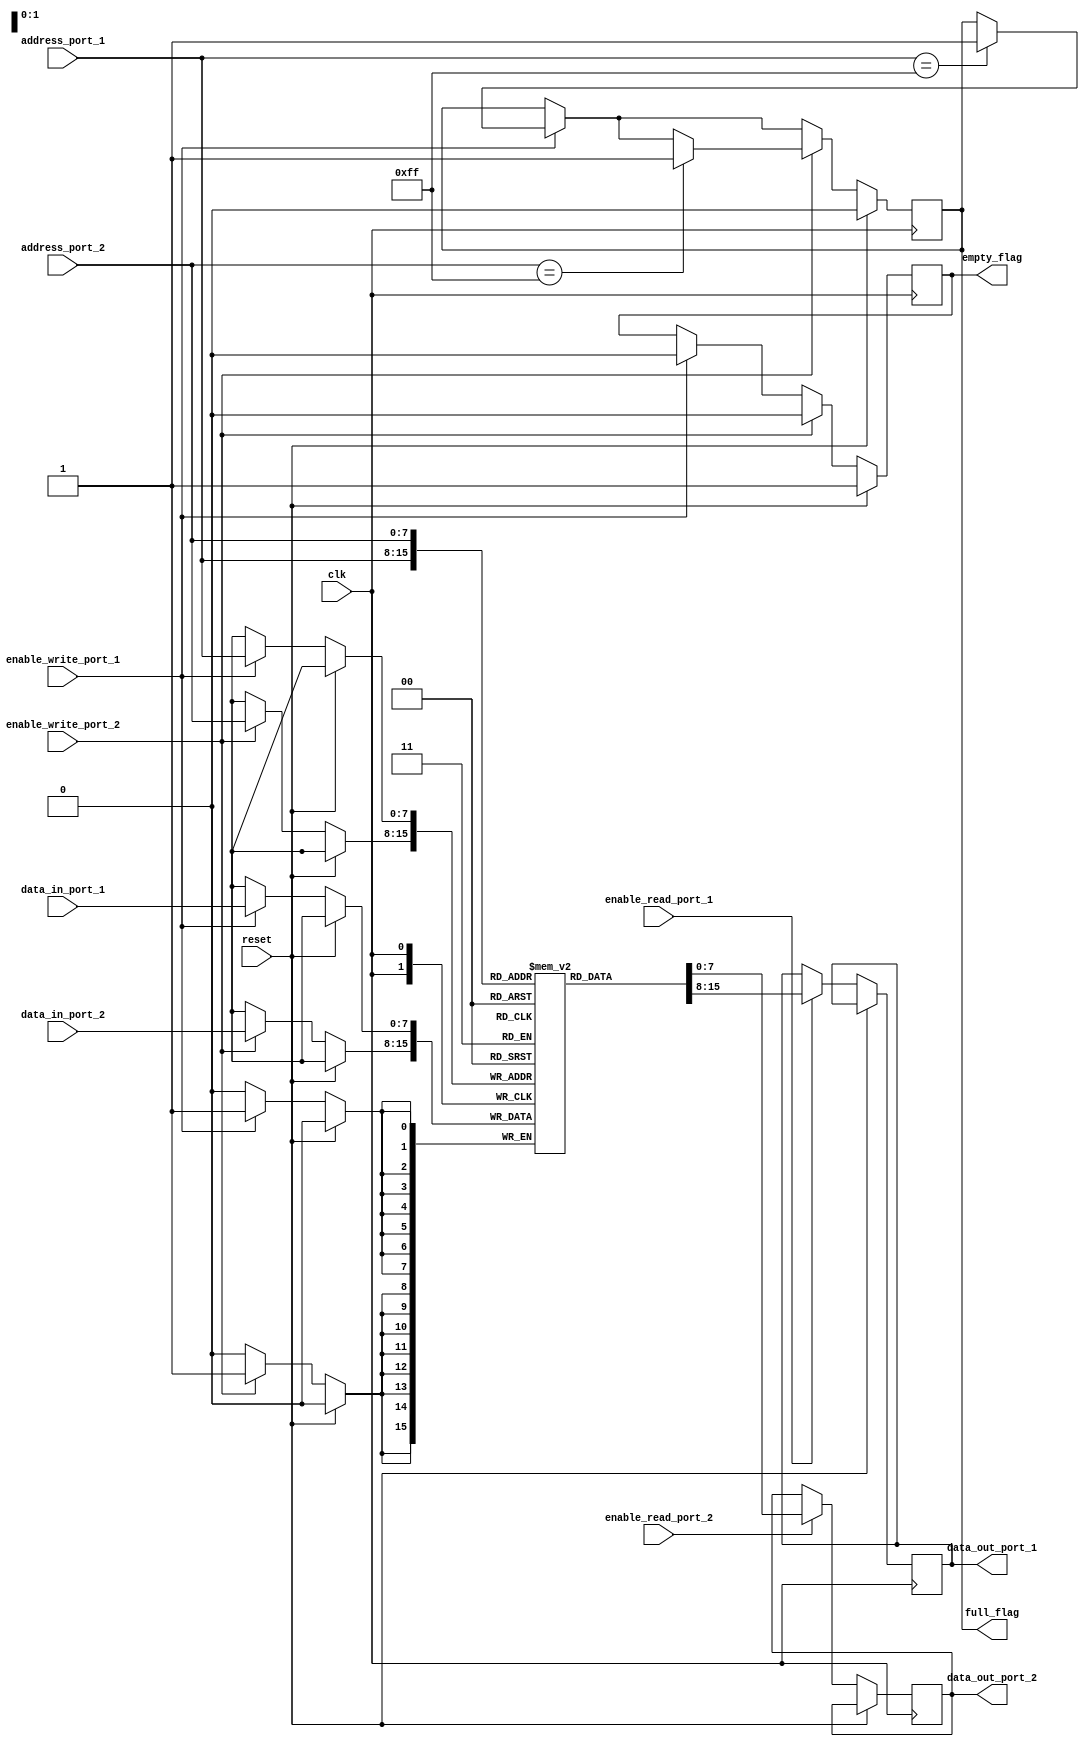
module dual_port_ram (
    input wire clk,
    input wire reset,
    input wire enable_read_port_1,
    input wire enable_read_port_2,
    input wire enable_write_port_1,
    input wire enable_write_port_2,
    input wire [7:0] data_in_port_1,
    input wire [7:0] data_in_port_2,
    input wire [7:0] address_port_1,
    input wire [7:0] address_port_2,
    output wire [7:0] data_out_port_1,
    output wire [7:0] data_out_port_2,
    output reg full_flag,
    output reg empty_flag
);

reg [7:0] memory [0:255];

always @(posedge clk) begin
    if (reset) begin
        full_flag <= 0;
        empty_flag <= 1;
    end else begin
        if (enable_write_port_1) begin
            memory[address_port_1] <= data_in_port_1;
            empty_flag <= 0;
            if (address_port_1 == 255) begin
                full_flag <= 1;
            end
        end
        
        if (enable_write_port_2) begin
            memory[address_port_2] <= data_in_port_2;
            empty_flag <= 0;
            if (address_port_2 == 255) begin
                full_flag <= 1;
            end
        end
        
        if (enable_read_port_1) begin
            data_out_port_1 <= memory[address_port_1];
        end
        
        if (enable_read_port_2) begin
            data_out_port_2 <= memory[address_port_2];
        end
    end
end

endmodule